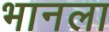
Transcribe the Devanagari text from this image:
भानला